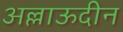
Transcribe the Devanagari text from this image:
अल्लाऊदीन